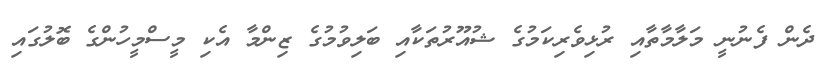
ދެން ފެނުނީ މަލާމާތާއި ރުޅިވެރިކަމުގެ ޝުއޫރުތަކާއި ބަލިވުމުގެ ޒިންމާ އެކި މީސްމީހުންގެ ބޮލުގައި